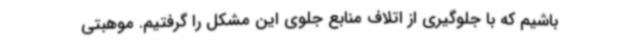
باشیم که با جلوگیری از اتلاف منابع جلوی این مشکل را گرفتیم. موهبتی